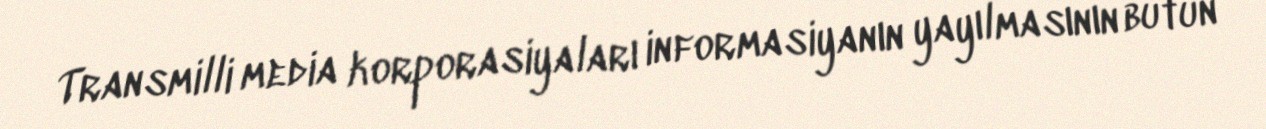
Transmilli media korporasiyaları informasiyanın yayılmasının bütün